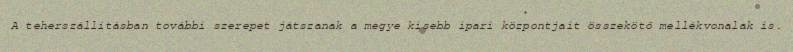
A teherszállításban további szerepet játszanak a megye kisebb ipari központjait összekötő mellékvonalak is.